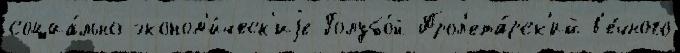
социа́льно-эконом'и́ческ'иjе Голубо́й Прол'ета́рск'ий в'е́чного